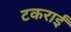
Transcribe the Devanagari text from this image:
टकराईं